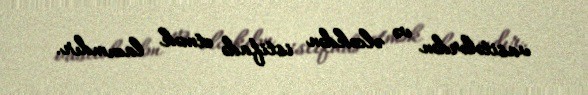
vasitələrdən və əlcəkdən istifadə etmək lazımdır.